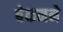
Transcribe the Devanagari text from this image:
बेकनने